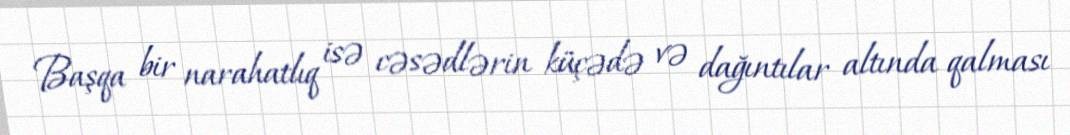
Başqa bir narahatlıq isə cəsədlərin küçədə və dağıntılar altında qalması